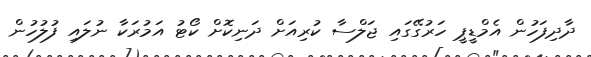
ދާދިފަހުން އެމްޑީޕީ ހަރުގޭގައި ޖަލްސާ ކުރިއަށް ދަނިކޮށް ކޯޓު އަމުރަކާ ނުލައި ފުލުހުން